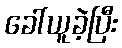
ခေါ်ယူခဲ့ပြီး